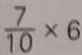
\frac { 7 } { 1 0 } \times 6